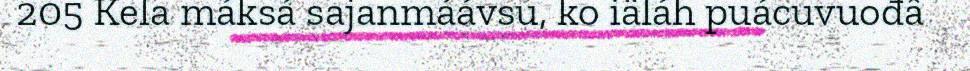
205 Kela máksá sajanmáávsu, ko iäláh puácuvuođâ